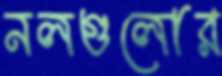
নলগুলোর